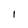
Character: l